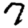
Digit: 7